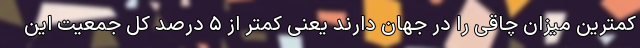
کمترین میزان چاقی را در جهان دارند یعنی کمتر از ۵ درصد کل جمعیت این